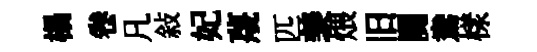
榻卷凡敍妃蔑匹羡煨旧闋鴦樣